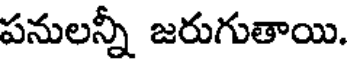
పనులన్నీ జరుగుతాయి.